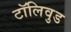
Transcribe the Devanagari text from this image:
टॉलिवुड